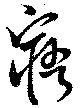
窹